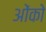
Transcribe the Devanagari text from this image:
ओंको